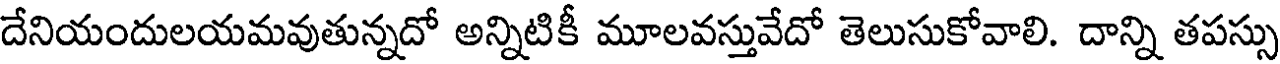
దేనియందులయమవుతున్నదో అన్నిటికీ మూలవస్తువేదో తెలుసుకోవాలి. దాన్ని తపస్సు